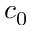
c _ { 0 }